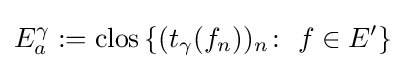
E_{a}^{\gamma }:=\operatorname {clos} \left\{(t_{\gamma }(f_{n}))_{n}\colon \ f\in E'\right\}